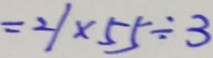
= 2 1 \times 5 5 \div 3